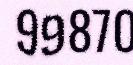
99870